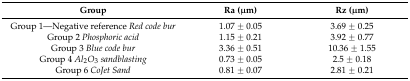
| Group | Ra (μm) | Rz (μm) |
 | --- | --- | --- |
 | Group 1—Negative reference Red code bur | 1.07 ± 0.05 | 3.69 ± 0.25 |
 | Group 2 Phosphoric acid | 1.15 ± 0.21 | 3.92 ± 0.77 |
 | Group 3 Blue code bur | 3.36 ± 0.51 | 10.36 ± 1.55 |
 | Group 4 Al2O3sandblasting | 0.73 ± 0.05 | 2.5 ± 0.18 |
 | Group 6 CoJet Sand | 0.81 ± 0.07 | 2.81 ± 0.21 |